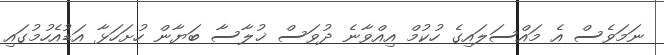
ނަމަވެސް އެ މައްސަލައިގެ ހުކުމް އިއްވާނެ ދުވަސް ޚުލާސާ ބަޔާން ހުށަހަޅާ އަޑުއެހުމުގައި